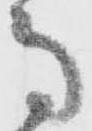
馬